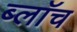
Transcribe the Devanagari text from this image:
ब्लाॅच